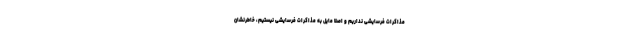
مذاکرات فرسایشی نداریم و اصلا مایل به مذاکرات فرسایشی نیستیم، خاطرنشان